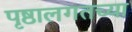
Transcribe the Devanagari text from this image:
पृष्ठालगतच्या